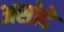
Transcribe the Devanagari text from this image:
असोदे